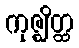
ကုဇ္ဈိတ္ထ